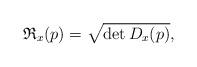
LaTeX: \begin{align*}\mathfrak{R}_{x}(p)=\sqrt{\det{D_{x}(p)}},\end{align*}